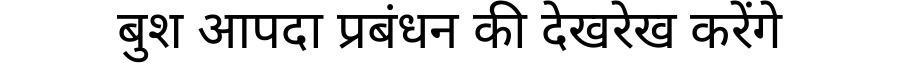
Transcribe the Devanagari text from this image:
बुश आपदा प्रबंधन की देखरेख करेंगे